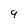
Character: 9